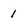
Character: 1